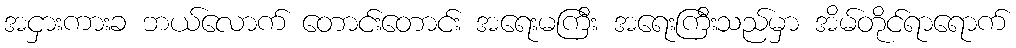
အငှားကားခ ဘယ်လောက် တောင်းတောင်း အရေးမကြီး အရေးကြီးသည်မှာ အိမ်တိုင်ရာရောက်